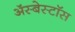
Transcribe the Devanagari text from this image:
ॲस्बेस्टॉस